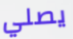
يصلي